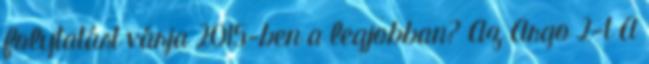
folytatást várja 2015-ben a legjobban? Az Argo 2-t A